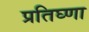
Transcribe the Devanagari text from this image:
प्रतिघ्णा